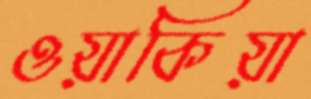
ওয়াকিয়া